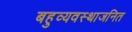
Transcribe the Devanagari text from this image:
बहुव्यवस्थाजनित